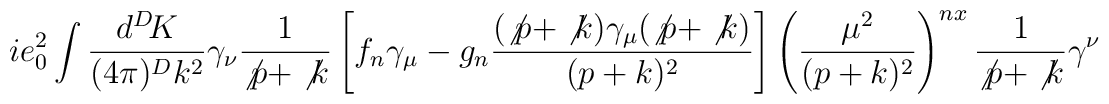
ie_0^2\int\frac{d^D\!K}{(4\pi)^Dk^2}\gamma_\nu\frac{1}{\not{p}+\not{k}} \left[ f_n\gamma_\mu - g_n\frac{(\not{p}+\not{k})\gamma_\mu(\not{p}+\not{k})} {(p+k)^2}\right]\left(\frac{\mu^2}{(p+k)^2}\right)^{nx} \frac{1}{\not{p}+\not{k}}\gamma^\nu